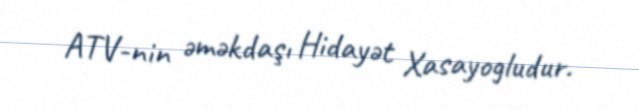
ATV-nin əməkdaşı Hidayət Xasayogludur.